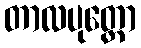
တာလပုတ္တော